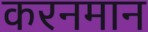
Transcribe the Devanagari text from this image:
करनमान